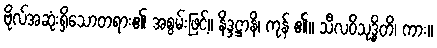
ဗိုလ်အဆုံးရှိသောတရား၏ အစွမ်းဖြင့်။ နိဒ္ဒဋ္ဌာနိ၊ ကုန် ၏။ သီလဝိသုဒ္ဓိတိ၊ ကား။